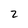
Character: 2